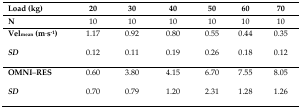
| Load (kg) | 20 | 30 | 40 | 50 | 60 | 70 |
 | --- | --- | --- | --- | --- | --- | --- |
 | N | 10 | 10 | 10 | 10 | 10 | 10 |
 | Velmean (m·s−1) | 1.17 | 0.92 | 0.80 | 0.55 | 0.44 | 0.35 |
 | SD | 0.12 | 0.11 | 0.19 | 0.26 | 0.18 | 0.12 |
 | OMNI–RES | 0.60 | 3.80 | 4.15 | 6.70 | 7.55 | 8.05 |
 | SD | 0.70 | 0.79 | 1.20 | 2.31 | 1.28 | 1.26 |